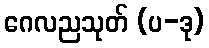
ဂေလညသုတ် (ပ-ဒု)